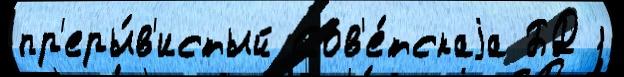
пр'еры́в'истый Сов'е́тскаjа БД 1